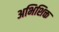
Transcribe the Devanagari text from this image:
अभिशिक्त